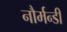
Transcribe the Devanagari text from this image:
नौर्मन्डी